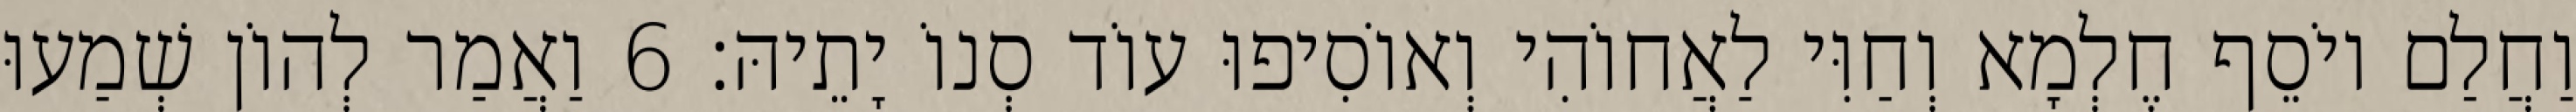
וַחֲלַם יוֹסֵף חֶלְמָא וְחַוִּי לַאֲחוֹהִי וְאוֹסִיפוּ עוֹד סְנוֹ יָתֵיהּ׃ 6 וַאֲמַר לְהוֹן שְׁמַעוּ